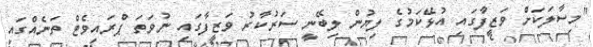
"މިސާލަކަށް ވަޒީފާގައި އުޅޭކަމުގެ ލިޔުން ލިބޭނީ ސަރުކާރު ވަޒީފާގައި ނުވަތަ ޕްރައިވެޓް ތަނެއްގައި